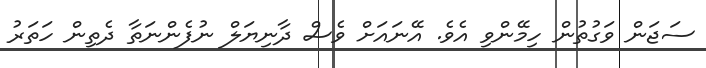
ސަޖަން ވަގުތުން ހިމޭންވި އެވެ. އޭނައަށް ވެސް ދާނިޔަލް ނުފެންނަތާ ދެތިން ހަތަރު